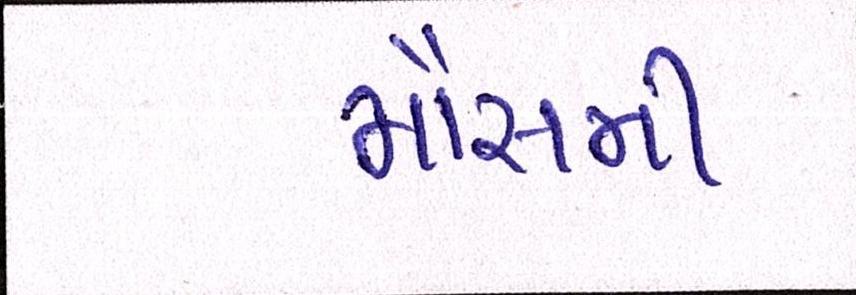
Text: મૌસમી